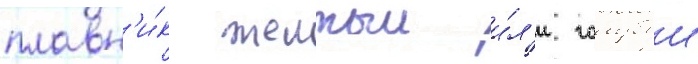
плавн'и́к желтыи и́л'и голубои